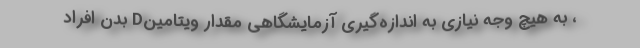
، به هیچ وجه نیازی به اندازه‌گیری آزمایشگاهی مقدار ویتامینD بدن افراد